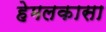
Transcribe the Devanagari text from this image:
हेमलकासा